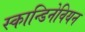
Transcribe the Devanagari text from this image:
स्कान्डिनेवियन